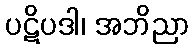
ပဋိပဒါ၊ အဘိညာ